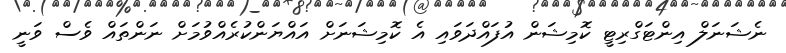
ނެޝަނަލް އިންޓަގްރިޓީ ކޮމިޝަން އުފައްދަވައި އެ ކޮމިޝަނަށް އައްޔަންކުރެއްވުމަށް ނަންތައް ވެސް ވަނީ